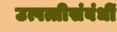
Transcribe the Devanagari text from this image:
उत्पत्तीसंबंधीं